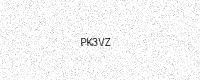
Text: PK3VZ